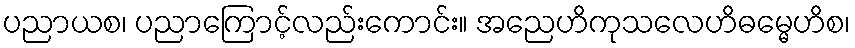
ပညာယစ၊ ပညာကြောင့်လည်းကောင်း။ အညေဟိကုသလေဟိဓမ္မေဟိစ၊